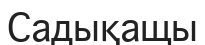
Садықащы